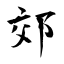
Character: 郊